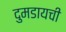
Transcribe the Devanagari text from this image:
दुमडायची